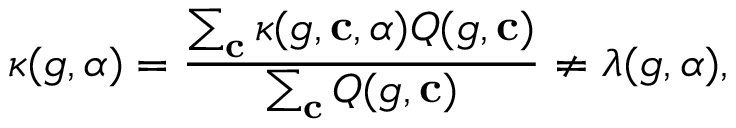
\kappa ( g , \alpha ) = \frac { \sum _ { \mathbf { c } } \kappa ( g , \mathbf { c } , \alpha ) Q ( g , \mathbf { c } ) } { \sum _ { \mathbf { c } } Q ( g , \mathbf { c } ) } \neq \lambda ( g , \alpha ) ,